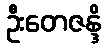
ဦးတေဇန္ဒိ